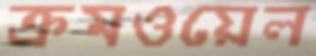
ক্রমওয়েল